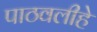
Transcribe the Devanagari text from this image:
पाठवलीहे